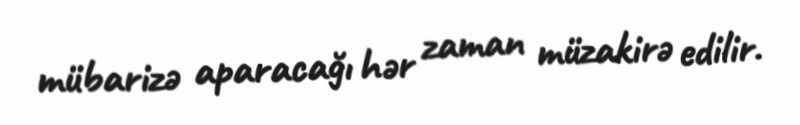
mübarizə aparacağı hər zaman müzakirə edilir.